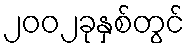
၂၀၀၂ခုနှစ်တွင်